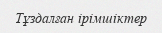
Тұздалған ірімшіктер